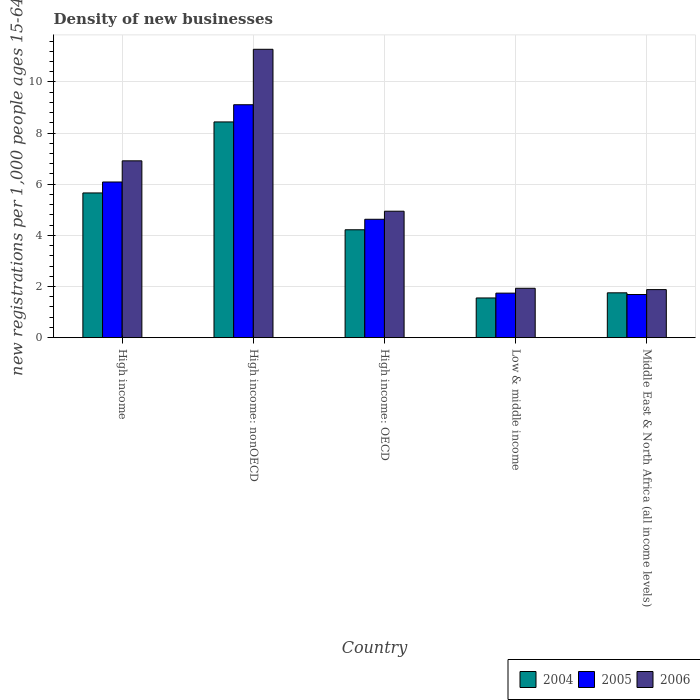
| Country | 2004 | 2005 | 2006 |
 | --- | --- | --- | --- |
 | High income | 5.66 | 6.09 | 6.91 |
 | High income: nonOECD | 8.44 | 9.11 | 11.3 |
 | High income: OECD | 4.22 | 4.63 | 4.94 |
 | Low & middle income | 1.55 | 1.74 | 1.93 |
 | Middle East & North Africa (all income levels) | 1.75 | 1.69 | 1.88 |